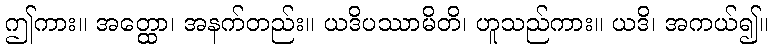
ဤကား။ အတ္ထော၊ အနက်တည်း။ ယဒိပဿာမိတိ၊ ဟူသည်ကား။ ယဒိ၊ အကယ်၍။